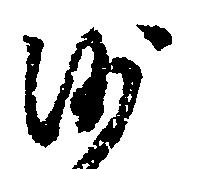
沙